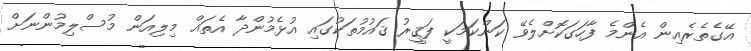
އޭގެތެރެއިން އެންމެ ފާހަގަކޮށްލެވޭ ކަންކަމަކީ ފަޤީރު ޤައުމުތަކުގައި އުޅެމުންދާ އެތައް މިލިއަން މުސްލިމުންނަށް